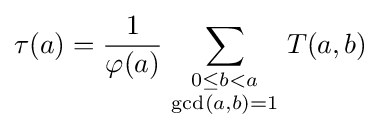
\tau (a)={\frac {1}{\varphi (a)}}\sum _{\begin{smallmatrix}0\leq b<a\\\gcd(a,b)=1\end{smallmatrix}}T(a,b)